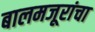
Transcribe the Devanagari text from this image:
बालमजूरांचा